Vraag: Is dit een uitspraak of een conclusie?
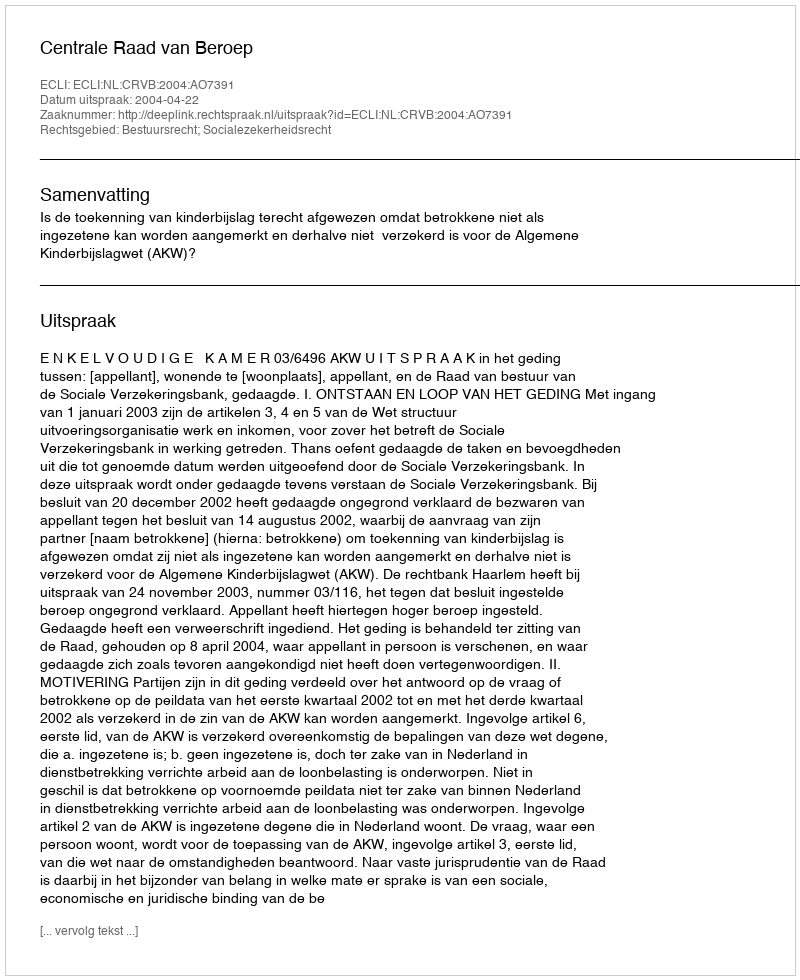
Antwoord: Uitspraak